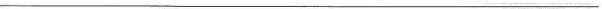
___